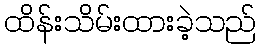
ထိန်းသိမ်းထားခဲ့သည်